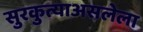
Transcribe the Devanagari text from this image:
सुरकुत्याअसलेला